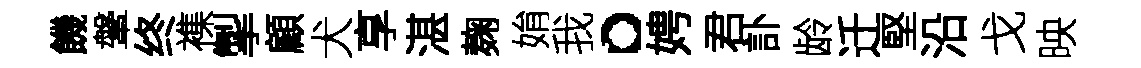
饑鞶终襍掣顧犬享湛麹姢我。娉君訃龄迁堅沿戈映